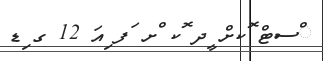
ްސޓް ޮކށް ީދ ޮކ ްށ ަފ ިއަ 12 ގ ިޑ